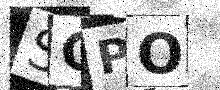
Text: SOPO